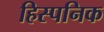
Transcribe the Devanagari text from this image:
हिस्पनिक